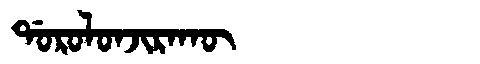
Manchu: ᡩᠣᡵᠣᠯᠣᠨᠵᡳᡵᠠᡴᡡ
Romanization: DOROLONJIRAKŪ